Malaria in the Punjab - Number 46
Disease focus: Malaria
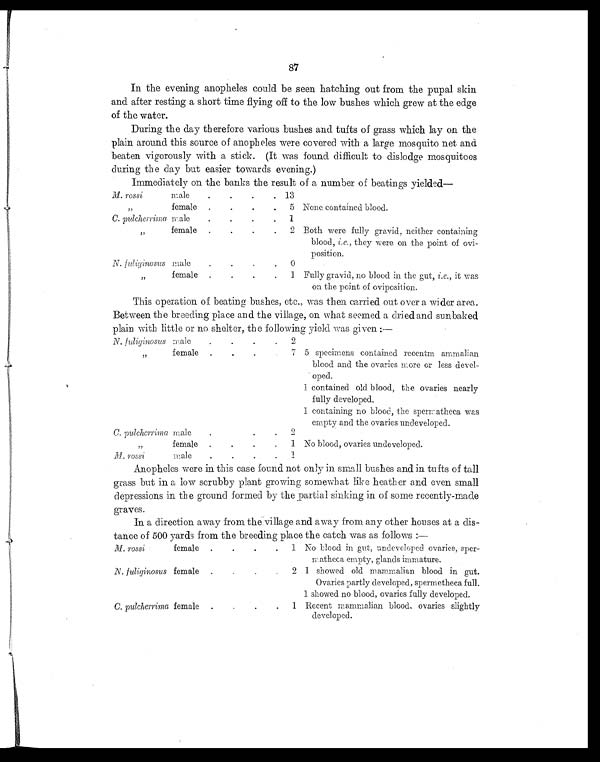
87
In the evening anopheles could be seen hatching out from the pupal skin
and after resting a short time flying ofd to the low bushes which grew at the edge
of the water.
During the day therefore various bushes and tufts of grass which lay on the
plain around this source of anopheles were covered with a large mosquito net and
beaten vigorously with a stick. (It was found difficult to dislodge mosquitoes
during the day but easier towards evening.)
Immediately on the banks the result of a number of beatings yielded—
M. rossi
male
.
.
.
. 13
„
female
.
.
.
.
5 None contained blood.
C. pulcherrima male
.
.
.
.
1
„
female
.
.
.
.
2 Both were fully gravid, neither containing
blood, i.e., they were on the point of ovi-
position.
N. f uliginosus male
.
.
.
.
0
„
female .
.
.
.
1 Fully gravid, no blood in the gut, i.e., it was
on the point of oviposition.
This operation of beating bushes, etc., was then carried out over a wider area.
Between the breeding place and the village, on what seemed a dried and sunbaked
plain with little or no shelter, the following yield was given :—
N. fuliginosus male
.
.
.
.
2
„
female .
.
.
.
7 5 specimens contained recentm ammalian
blood and the ovaries more or less devel-
oped.
1 contained old blood, the ovaries nearly
fully developed.
1 containing no blood, the spermatheca was
empty and the ovaries undeveloped.
C. pulcherrima male
.
.
.
2
„
female .
.
.
. 1 No blood, ovaries undeveloped.
M. rossi
male
.
.
.
.
1
Anopheles were in this case found not only small bushes and in tufts of tall
grass but in a low scrubby plant growing somewhat like heather and even small
depressions in the ground formed by the partial sinking in of some recently-made
graves.
In a direction away from the village and away from any other houses at a dis-
tance of 500 yards from the breeding place the catch was as follows :—
M. rossi
femal
. .
. . 1 No blood in gut, undeveloped ovaries, sper-
matheca empty, glands immature.
N. fuliginosus femal
.
.
. .
2 1 showed old mamm alian blood in gut.
Ovaries partly developed, spermetheca full.
1 showed no blood, ovaries fully developed.
C. pulcherrima female
. .
.
.
1 Recent mammalian blood, ovaries slightly
developed.